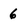
Character: 6